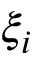
\xi _ { i }